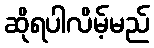
ဆိုရပါလိမ့်မည်